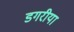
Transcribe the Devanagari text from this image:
डगरीया